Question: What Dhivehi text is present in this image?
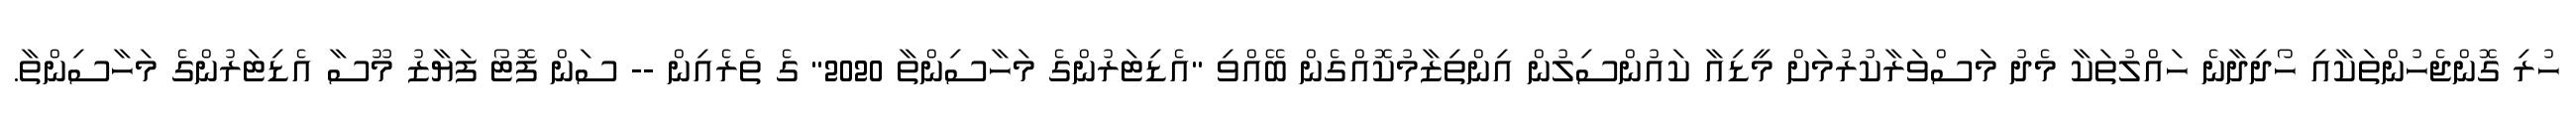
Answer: ހުރި ގޮންޖެހުންތަކާއި ހޯދިދާނެ ހައްލުތަކާ މެދު މަސްވަރާކުރުމަށް މީޑިއާ ކައުންސިލުން އިންތިޒާމުކޮއްގެން ބޭއްވި "އެޑިޓަރުންގެ މަހާސިންތާ 2020" ގެ ތެރެއިން -- ސަން ފޮޓޯ ފަޔާޒު މޫސާ އެޑިޓަރުންގެ މަހާސިންތާ.